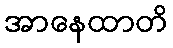
အာနေထာတိ